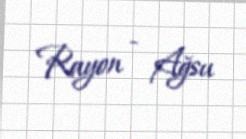
Rayon - Ağsu